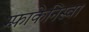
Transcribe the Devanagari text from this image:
म्फ़ाकेनिस्वा